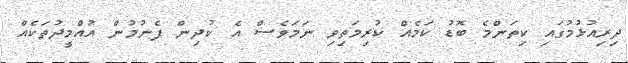
ދިރިއުޅުމުގައި ކިތަންމެ ބޮޑު ކަމެއް ކުރިމަތިވި ނަމަވެސް އެ ކުދިން ފެނުމުން އުއްމީދުތަކެއް